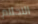
الاحلام